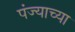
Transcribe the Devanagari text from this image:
पंज्याच्या